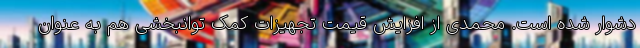
دشوار شده است. محمدی از افزایش قیمت تجهیزات کمک توانبخشی هم به عنوان